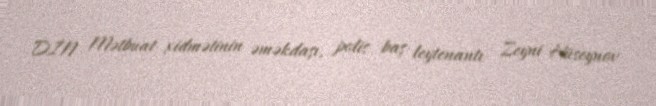
DİN Mətbuat xidmətinin əməkdaşı, polis baş leytenantı Zeyni Hüseynov